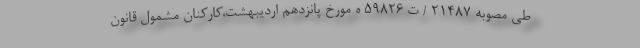
طی مصوبه ۲۱۴۸۷ / ت ۵۹۸۲۶ ه مورخ پانزدهم اردیبهشت،کارکنان مشمول قانون